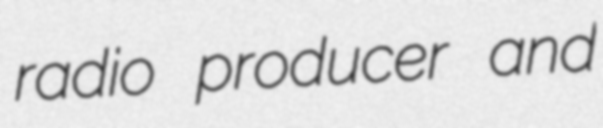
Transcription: radio producer and